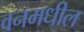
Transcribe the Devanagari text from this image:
वनमधील